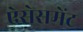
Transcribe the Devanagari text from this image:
ऐसेसमेंट